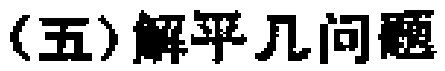
(五)解平几问题